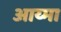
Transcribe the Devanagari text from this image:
आय्मा